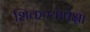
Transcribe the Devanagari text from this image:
शिकण्यापेक्षा